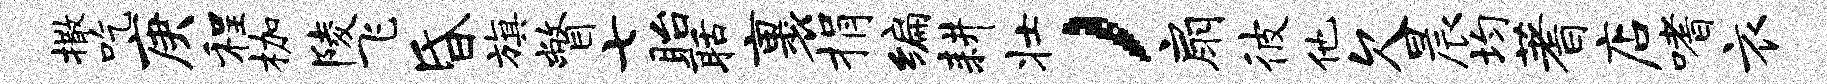
撒吃庚程枷陵飞昏旗瞥七眙聒裹捐编耕壮，扇彼他欠晨均蓍店嗜衣